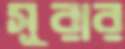
সূরার